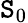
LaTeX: \mathtt{S}_{0}